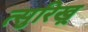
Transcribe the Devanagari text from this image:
त्सुरिख़्